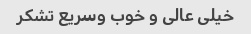
خیلی عالی و خوب وسریع تشکر